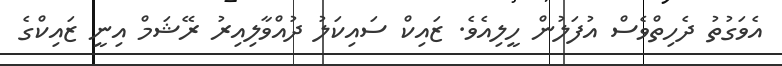
އެވަގުތު ދެހިތްވެސް އުފަލުން ހީލިއެވެ. ޒައިކް ސައިކަލު ދުއްވާލިއިރު ރޭޝަމް އިނީ ޒައިކްގެ